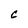
Character: c